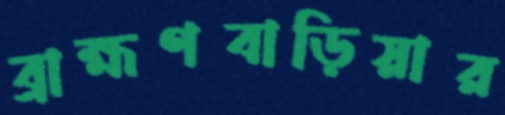
ব্রাহ্মণবাড়িয়ার